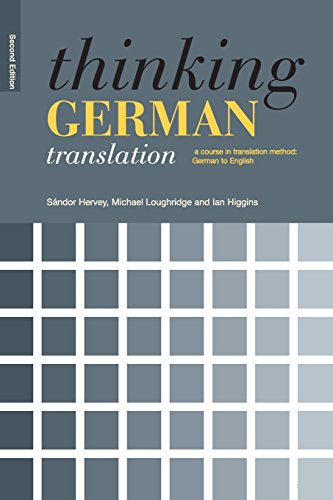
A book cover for Thinking German Translation (Thinking Translation); Ian Higgins; Reference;